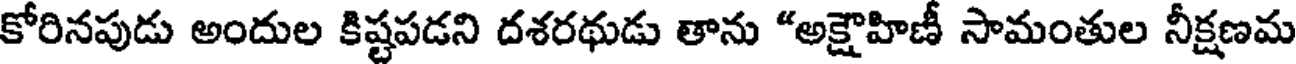
కోరినపుడు అందుల కిష్టపడని దశరథుడు తాను "అక్షౌహిణీ సామంతుల నీక్షణమ